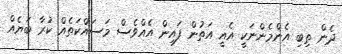
ދެން ތިބި އެންމެންނަކީ އެއީ އަތުން ފައިން އެެއްވެސް މަސައްކަތެއް ކުރާ ބަޔެއް